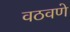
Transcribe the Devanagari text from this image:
वठवणे